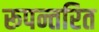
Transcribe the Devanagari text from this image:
रूपन्तरित